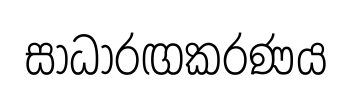
සාධාරඟකරණය